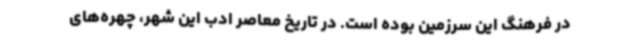
در فرهنگ این سرزمین بوده است. در تاریخ معاصر ادب این شهر، چهره‌های